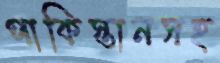
পাকিস্তানসহ